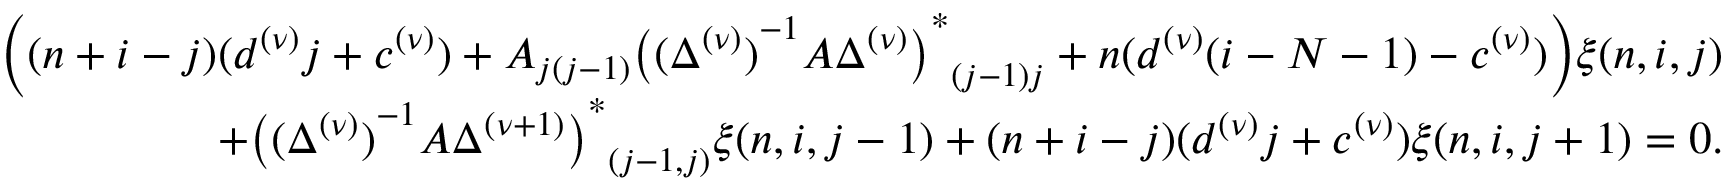
\begin{array} { r l r } & { } & { \Big ( ( n + i - j ) ( d ^ { ( \nu ) } j + c ^ { ( \nu ) } ) + A _ { j ( j - 1 ) } { { \big ( { ( \Delta ^ { ( \nu ) } ) } ^ { - 1 } A \Delta ^ { ( \nu ) } \big ) } ^ { \ast } } _ { ( j - 1 ) j } + n ( d ^ { ( \nu ) } ( i - N - 1 ) - c ^ { ( \nu ) } ) \Big ) \xi ( n , i , j ) } \\ & { } & { + { { \big ( { ( \Delta ^ { ( \nu ) } ) } ^ { - 1 } A \Delta ^ { ( \nu + 1 ) } \big ) } ^ { \ast } } _ { ( j - 1 , j ) } \xi ( n , i , j - 1 ) + ( n + i - j ) ( d ^ { ( \nu ) } j + c ^ { ( \nu ) } ) \xi ( n , i , j + 1 ) = 0 . } \end{array}